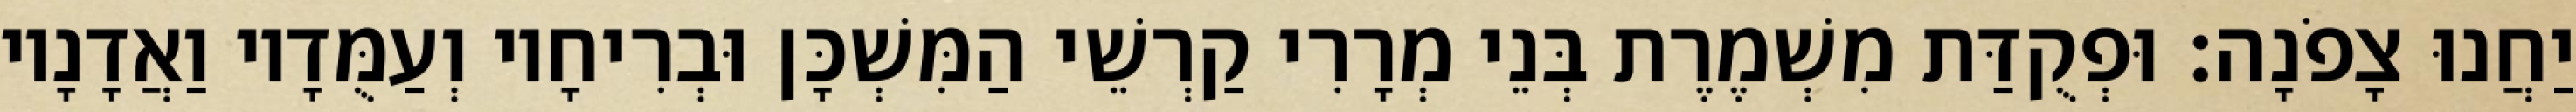
יַחֲנוּ צָפֹנָה׃ וּפְקֻדַּת מִשְׁמֶרֶת בְּנֵי מְרָרִי קַרְשֵׁי הַמִּשְׁכָּן וּבְרִיחָיו וְעַמֻּדָיו וַאֲדָנָיו